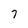
Character: 7